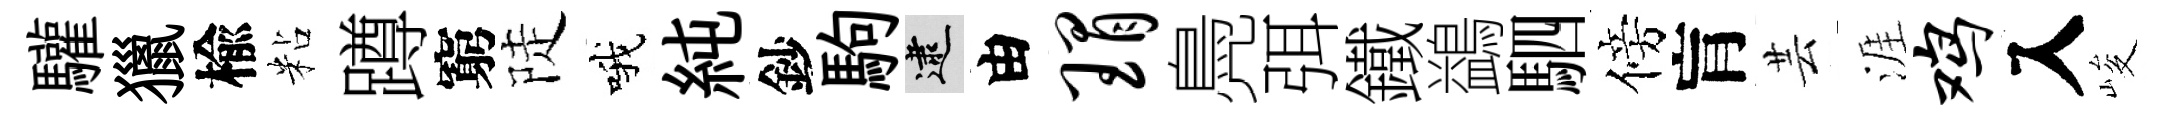
驩獵楡粘蹲窮陡哦純鈔駒逮由瑁鳧弭鐵鷁駟傍肓芸涯鸡入峻